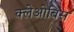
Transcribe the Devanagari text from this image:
क्लेओबिस